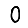
Digit: 0